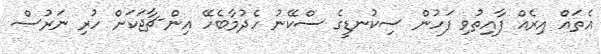
އެތައް އިރެއް ފާއިތުވި ފަހުން ސިކުނޑީގެ ސްކޭނު ހެދުމާބެހޭ އިން-ޗާޖަކަށް ހުރި ނަރުސް